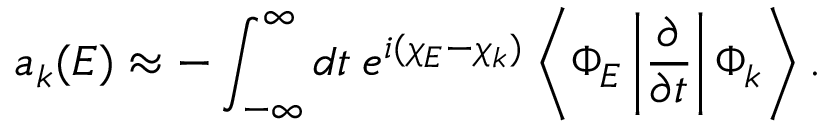
a _ { k } ( E ) \approx - \int _ { - \infty } ^ { \infty } d t \: e ^ { i ( \chi _ { E } - \chi _ { k } ) } \left< \Phi _ { E } \left| \frac { \partial } { \partial t } \right| \Phi _ { k } \right> .